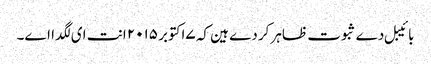
بائیبل دے ثبوت ظاہر کردے ہین کہ ۷اکتوبر ۲۰۱۵ انت ای لگدا اے۔